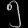
Digit: ၅